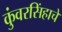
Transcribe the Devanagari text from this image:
कुंवरसिंहाचे